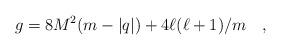
LaTeX: \begin{align*}g=8M^2(m-|q|) + 4\ell(\ell +1)/m \quad ,\end{align*}